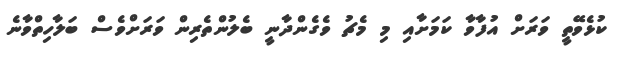
ކުޅެވޭތީ ވަރަށް އުފާވާ ކަމަށާއި މި މެޗު ވެގެންދާނީ ބެލުންތެރިން ވަރަށްވެސް ބަލާހިތްވާނެ